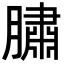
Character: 䐹